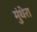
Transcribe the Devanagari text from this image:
मुंधेरा